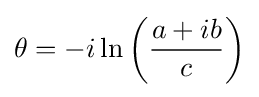
\theta =-i\ln \left({\frac {a+ib}{c}}\right)